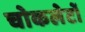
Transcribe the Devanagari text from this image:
चोकलेटों